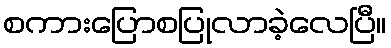
စကားပြောစပြုလာခဲ့လေပြီ။